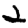
Digit: 2